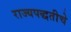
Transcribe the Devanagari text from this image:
राज्यपद्धतीचे